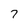
Character: 7